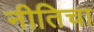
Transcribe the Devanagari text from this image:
नीतिचा